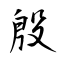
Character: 殷